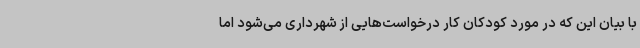
با بیان این که در مورد کودکان کار درخواست‌هایی از شهرداری می‌شود اما